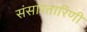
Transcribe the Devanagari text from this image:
संसारतारिणी